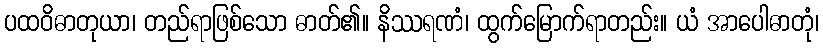
ပထဝိဓာတုယာ၊ တည်ရာဖြစ်သော ဓာတ်၏။ နိဿရဏံ၊ ထွက်မြောက်ရာတည်း။ ယံ အာပေါဓာတုံ၊